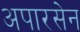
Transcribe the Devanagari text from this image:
अपारसेन